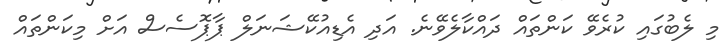
މި ލެބުގައި ކުރެވޭ ކަންތައް ދައްކާލެވޭނެ. އަދި އެޑިއުކޭޝަނަލް ޕާޕޮސެސް އަށް މިކަންތައް